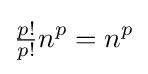
{\tfrac {p!}{p!}}n^{p}=n^{p}